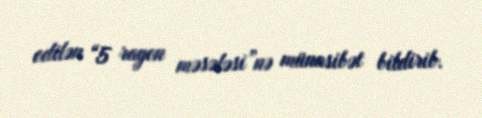
edilən “5 rayon məsələsi”nə münasibət bildirib.